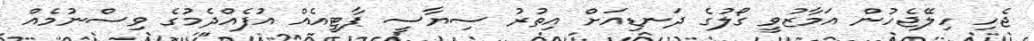
ޖެހި ހިލޭޖެހުން އަމާޒުވީ ގޯލުގެ ދަނޑިއަށް އިތުރު ސިޔާސީ ޕާޓީއެއް އުފެއްދެމުގެ ވިސްނުމެއް